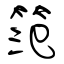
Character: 笵